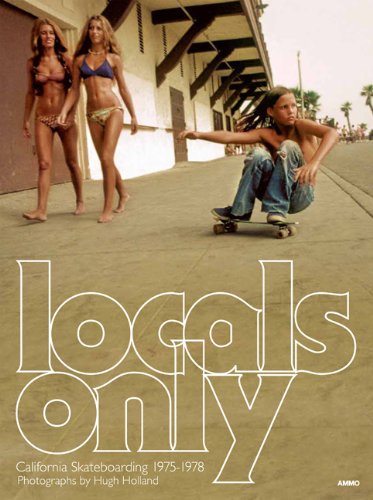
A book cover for Locals Only: California Skateboarding 1975-1978; Arts & Photography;